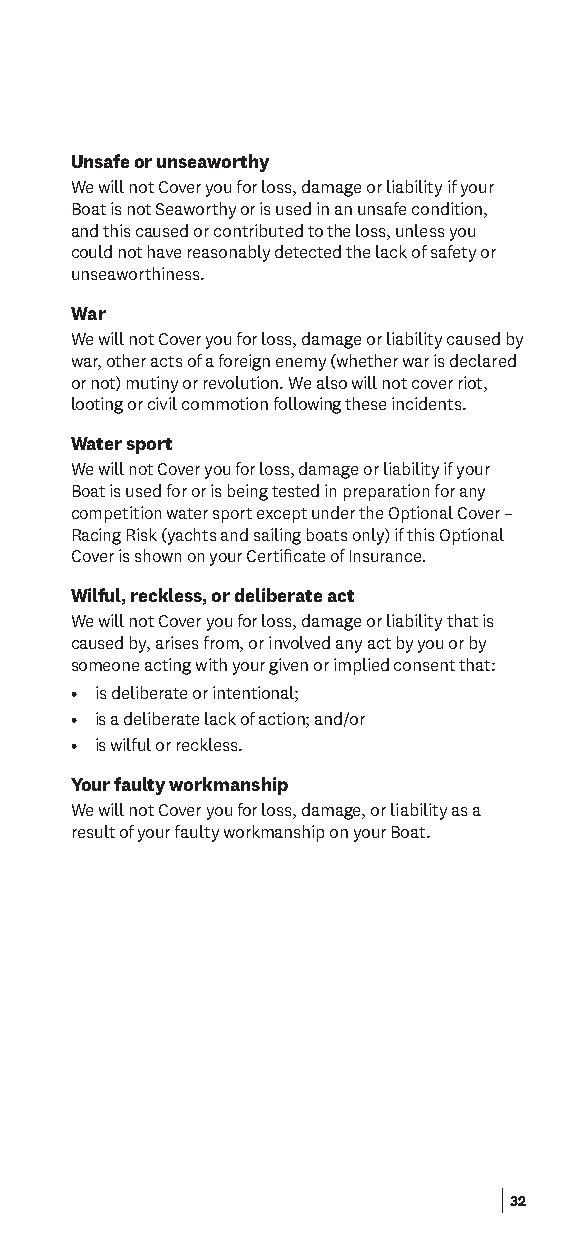
Unsafe or unseaworthy
 We will not Cover you for loss, damage or liability if your
 Boat is not Seaworthy or is used in an unsafe condition,
 and this caused or contributed to the loss, unless you
 could not have reasonably detected the lack of safety or
 unseaworthiness.
 War
 We will not Cover you for loss, damage or liability caused by
 war, other acts of a foreign enemy (whether war is declared
 or not) mutiny or revolution. We also will not cover riot,
 looting or civil commotion following these incidents.
 Water sport
 We will not Cover you for loss, damage or liability if your
 Boat is used for or is being tested in preparation for any
 competition water sport except under the Optional Cover –
 Racing Risk (yachts and sailing boats only) if this Optional
 Cover is shown on your Certifcate of Insurance.
 Wilful, reckless, or deliberate act
 We will not Cover you for loss, damage or liability that is
 caused by, arises from, or involved any act by you or by
 someone acting with your given or implied consent that:
 • is deliberate or intentional;
 • is a deliberate lack of action; and/or
 • is wilful or reckless.
 Your faulty workmanship
 We will not Cover you for loss, damage, or liability as a
 result of your faulty workmanship on your Boat.
 32